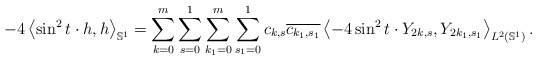
\begin{align*} -4\left\langle \sin ^{2}t \cdot h , h \right\rangle _{\mathbb{S}^{1}}=\sum_{k=0}^{m}\sum_{s=0}^{1}\sum_{k_{1}=0}^{m}\sum_{s_{1}=0}^{1}c_{k,s} \overline{c_{k_{1},s_{1}}}\left\langle -4 \sin^{2}t\cdot Y_{2k,s},Y_{2k_{1},s_{1}}\right\rangle _{L^2(\mathbb{S}^{1})}.\end{align*}